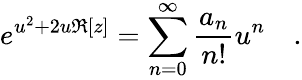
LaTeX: e^{u^{2}+2u\Re[z]}=\sum_{n=0}^{\infty}\frac{a_{n}}{n!}u^{n}\quad.